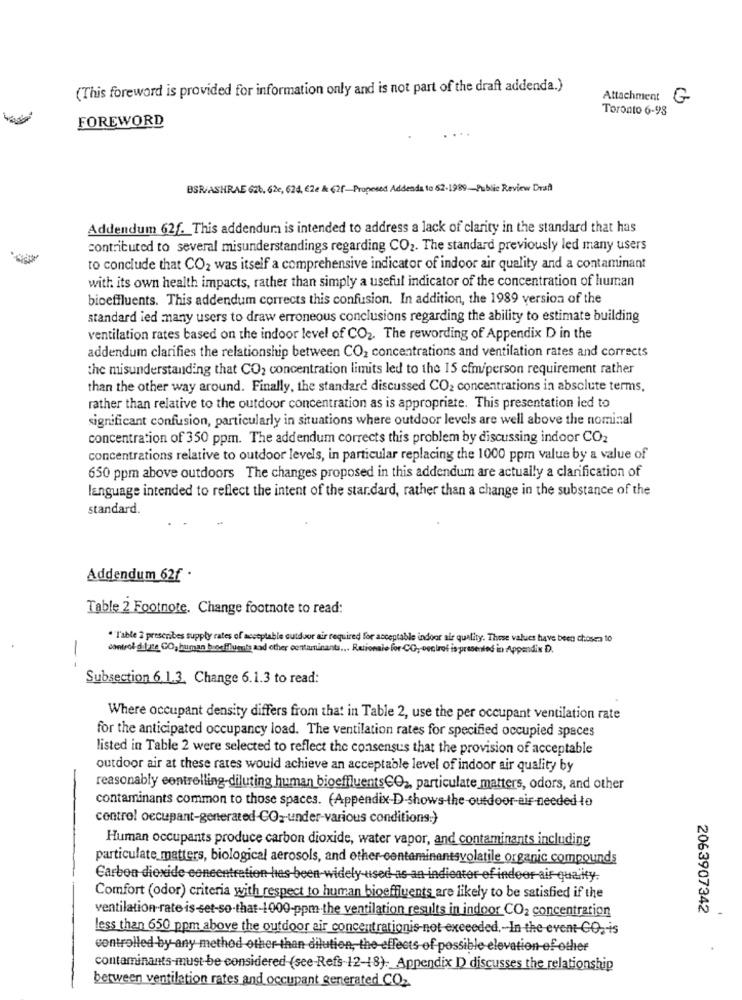
(This foreword is provided for information only and is not part of the draft addenda.)
Attachment G
Toronto 6-98
FOREWORD
BSR/ASHRAE 626, 62e, 624, €2e & 62f-Proposed Addenda to 62-1989-Public Review Draft
Addendum 62f. This addendum is intended to address a lack of clarity in the standard that has
contributed to several misunderstandings regarding CO2. The standard previously led many users
to conclude that CO2 was itself a comprehensive indicator of indoor air quality and a contaminant
with its own health impacts, rather than simply a useful indicator of the concentration of human
bioeffluents. This addendum corrects this confusion. In addition, the 1989 version of the
standard ied many users to draw erroneous conclusions regarding the ability to estimate building
ventilation rates based on the indoor level of CO2. The rewording of Appendix D in the
addendum clarifies the relationship between CO2 concentrations and ventilation rates and corrects
the misunderstanding that CO2 concentration limits led to the 15 cfm/person requirement rather
than the other way around. Finally, the standard discussed CO2 concentrations in absolute terms,
rather than relative to the outdoor concentration as is appropriate. This presentation led to
significant confusion, particularly in situations where outdoor levels are well above the nominal
concentration of 350 ppm. The addendum corrects this problem by discussing indoor CO2
concentrations relative to outdoor levels, in particular replacing the 1000 ppm value by a value of
650 ppm above outdoors The changes proposed in this addendum are actually a clarification of
language intended to reflect the intent of the star.dard, rather than a change in the substance of the
standard.
Addendum 62f .
Table 2 Footnote. Change footnote to read:
" Table 2 prescribes supply rates of acceptable outdoor air required for acceptable indoor air quality. These values have been chosen to
control di luize GO, human breflumis and other contaminants ... Rationale for CO, venirof is presented in Appendix D.
--
Subsection 6.1.3. Change 6.1.3 to read:
Where occupant density differs from that in Table 2, use the per occupant ventilation rate
for the anticipated occupancy load. The ventilation rates for specified occupied spaces
listed in Table 2 were selected to reflect the consensus that the provision of acceptable
outdoor air at these rates would achieve an acceptable level of indoor air quality by
reasonably controlling-diluting human bioeffluentsCO ,, particulate matters, odors, and other
contaminants common to those spaces. (Appendix-D-shows-the -outdoor-air-needed to
control occupant-generated CO2-under-various conditions:)
Human occupants produce carbon dioxide, water vapor, and contaminants including
particulate matters, biological aerosols, and other-contaminantsvolatile organic compounds
Carbon dioxide concentration has-been widely used as an indicator of indoor air quality.
Comfort (odor) criteria with respect to human bioeffluents are likely to be satisfied if the
ventilation-rate is-set-so-that-1000-ppm-the ventilation results in indoor CO2 concentration
2063907342
less than 650 ppm above the outdoor air concentrationis not exceeded. In the event-CO. is
controlled by any method other-than dilution, the effects of possible elevation of other
contaminants-must-be considered (see-Refs-12-18) -_ Appendix D discusses the relationship
between ventilation rates and occupant generated CO2